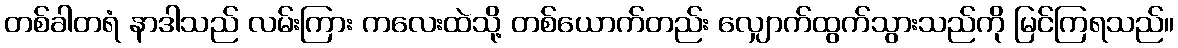
တစ်ခါတရံ နာဒါသည် လမ်းကြား ကလေးထဲသို့ တစ်ယောက်တည်း လျှောက်ထွက်သွားသည်ကို မြင်ကြရသည်။